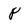
Character: P